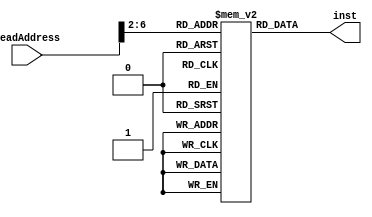
`timescale 1ns / 1ps
//////////////////////////////////////////////////////////////////////////////////
// Company: 
// Engineer: 
// 
// Design Name: 
// Module Name: instrMemory
// Project Name: 
// Target Devices: 
// Tool Versions: 
// Description: 
// 
// Dependencies: 
// 
// Revision:
// Revision 0.01 - File Created
// Additional Comments:
// 
//////////////////////////////////////////////////////////////////////////////////


module instrMemory(
    input [31:0] ReadAddress,
    output reg [31:0] inst
    );
    reg [31:0] InstFile[31:0];
    always @ (ReadAddress)
    begin
        inst=InstFile[ReadAddress>>2];
    end
endmodule